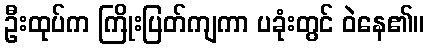
ဦးထုပ်က ကြိုးပြတ်ကျကာ ပခုံးတွင် ဝဲနေ၏။